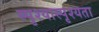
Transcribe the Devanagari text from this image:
स्पृश्यास्पृश्यता